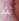
لقد